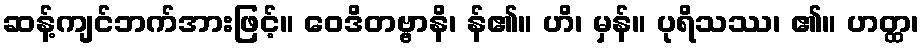
ဆန့်ကျင်ဘက်အားဖြင့်။ ဝေဒိတဗ္ဗာနိ၊ န်၏။ ဟိ၊ မှန်။ ပုရိသဿ၊ ၏။ ဟတ္ထ၊